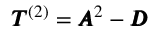
\pmb { T } ^ { ( 2 ) } = \pmb { A } ^ { 2 } - \pmb { D }